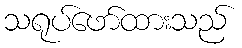
သရုပ်ဖော်ထားသည်